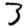
Digit: 3